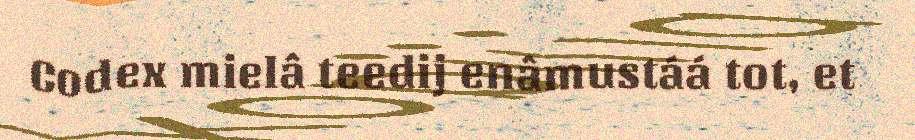
Codex mielâ teedij enâmustáá tot, et